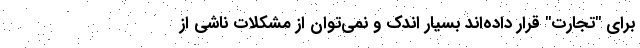
برای "تجارت" قرار داده‌اند بسیار اندک و نمی‌توان از مشکلات ناشی از